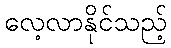
လေ့လာနိုင်သည့်